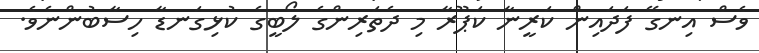
ވެސް އިނގޭ ފަދައިން ކަރީނާ ކަޕޫރާ މި ދެތަރިންގެ ލޯބީގެ ކުޅިގަނޑާ ހިސާބުންނެވެ.